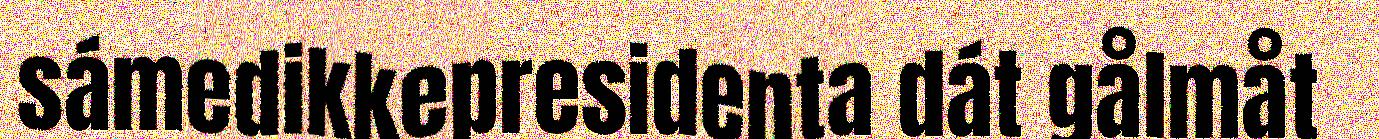
sámedikkepresidenta dát gålmåt